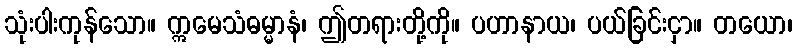
သုံးပါးကုန်သော။ ဣမေသံဓမ္မာနံ၊ ဤတရားတို့ကို။ ပဟာနာယ၊ ပယ်ခြင်းငှာ။ တယော၊